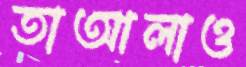
তাআলাও